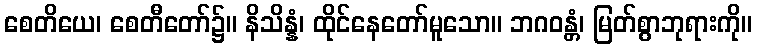
စေတိယေ၊ စေတီတော်၌။ နိသိန္နံ၊ ထိုင်နေတော်မူသော။ ဘဂဝန္တံ၊ မြတ်စွာဘုရားကို။